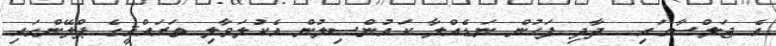
އެ ޖަލްސާގައި  ދާދި ފަހުން ނަޑެއްލާ ކައުންސިލުން އެކުލަވާލި ތަރައްޤީގެ ޕްލޭންގައި